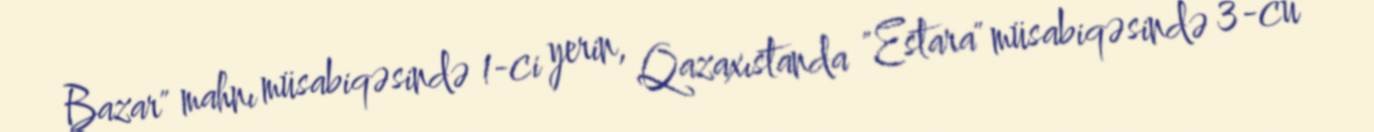
Bazar" mahnı müsabiqəsində 1-ci yerin, Qazaxıstanda "Estara" müsabiqəsində 3-cü